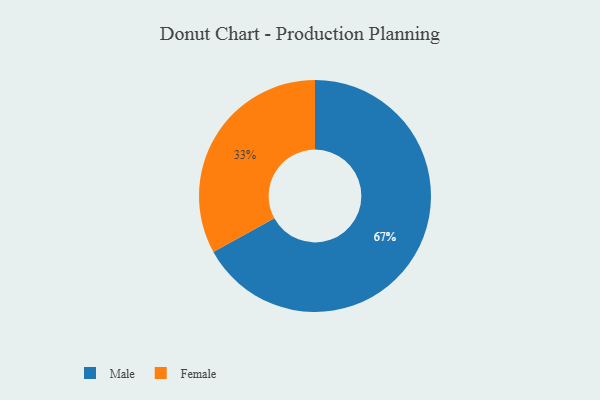
{"axis": {"x": "Category", "y": "Percentage"}, "legend": ["Female", "Male"], "data": [{"x": "Female", "y": 33, "type": "Female"}, {"x": "Male", "y": 67, "type": "Male"}]}